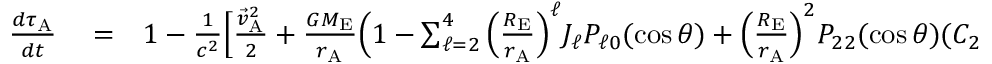
\begin{array} { r l r } { \frac { d \tau _ { \mathrm { A } } } { d t } } & { { } = } & { 1 - \frac { 1 } { c ^ { 2 } } \Big [ \frac { { \vec { v } } _ { \mathrm { A } } ^ { 2 } } { 2 } + \frac { G M _ { \mathrm { E } } } { r _ { \mathrm { A } } } \Big ( 1 - \sum _ { \ell = 2 } ^ { 4 } \Big ( \frac { R _ { \mathrm { E } } } { r _ { \mathrm { A } } } \Big ) ^ { \ell } J _ { \ell } P _ { \ell 0 } ( \cos \theta ) + \Big ( \frac { R _ { \mathrm { E } } } { r _ { \mathrm { A } } } \Big ) ^ { 2 } P _ { 2 2 } ( \cos \theta ) ( C _ { 2 2 } \cos 2 \phi + S _ { 2 2 } \sin 2 \phi ) + } \end{array}